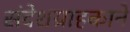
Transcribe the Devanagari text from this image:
संदेशग्राहकाने